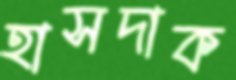
হাসদাক